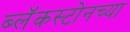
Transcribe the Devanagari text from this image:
ब्लॅकस्टोनच्या